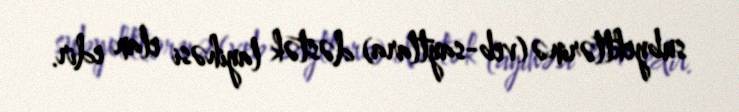
subyektlərinə (veb-saytlara) dəstək layihəsi elan edir.